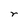
Character: r